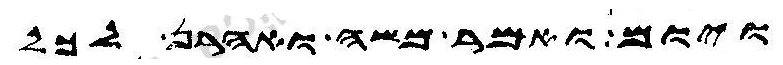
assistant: ויום ואמר משה ואהרן לכל